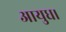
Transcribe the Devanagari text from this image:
आयुध।